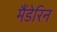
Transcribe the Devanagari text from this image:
मैंडेरिन